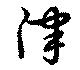
律